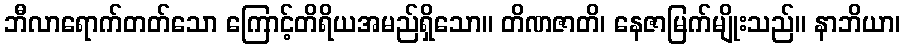
ဘီလာရောက်တတ်သော ကြောင့်တိရိယအမည်ရှိသော။ တိဏဇာတိ၊ နေဇာမြက်မျိုးသည်။ နာဘိယာ၊